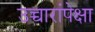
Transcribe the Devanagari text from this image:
उच्चारांपेक्षा